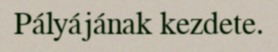
Pályájának kezdete.